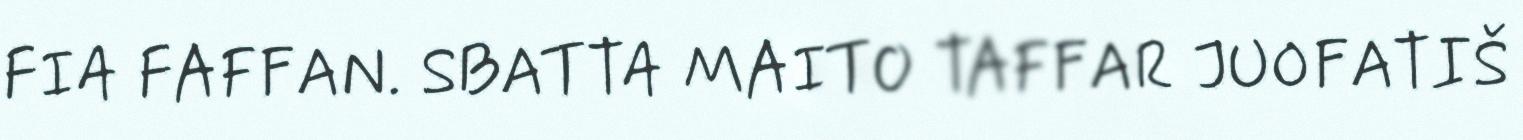
FIA FAFFAN. SBATTA MAITO TAFFAR JUOFATIŠ